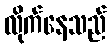
လိုက်နေသည်